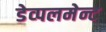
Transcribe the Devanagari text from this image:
डेव्पलमेन्ट